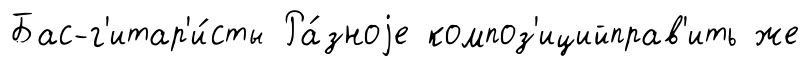
Бас-г'итар'и́сты Ра́зноjе композ'ицийправ'ить же